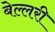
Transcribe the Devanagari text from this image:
बेल्लरी